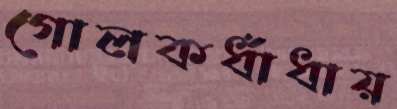
গোলকধাঁধায়